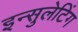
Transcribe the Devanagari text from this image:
इन्सुलेटिंग